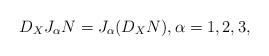
LaTeX: \begin{align*}D_XJ_\alpha N=J_\alpha (D_XN) , \alpha =1,2,3 ,\end{align*}